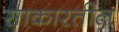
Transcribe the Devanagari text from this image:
साकारतील